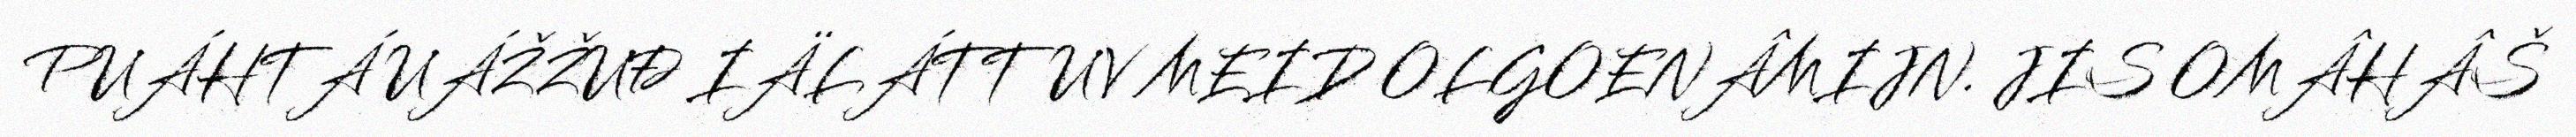
PUÁHTÁ UÁŽŽUĐ IÄLÁTTUV MEID OLGOENÂMIJN. JIS OMÂHÂŠ